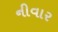
નીવાર